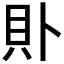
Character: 𧴤